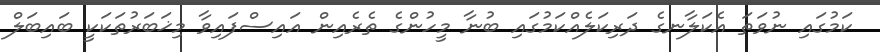
ކަމުގައި ނުވަތަ އެކަލާނގެ ދަރިކަލެއްކަމުގައި ބުނާ މީހުންގެ ތެރެއިން އައިސްފައިވާ މިޚަބަރުތަކަކީ ބައިބަލް